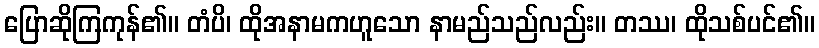
ပြောဆိုကြကုန်၏။ တံပိ၊ ထိုအနာမကဟူသော နာမည်သည်လည်း။ တဿ၊ ထိုသစ်ပင်၏။